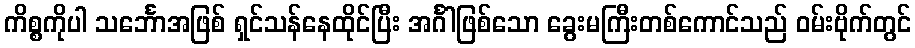
ကိစ္စကိုပါ သင်္ဘောအဖြစ် ရှင်သန်နေထိုင်ပြီး အင်္ဂါဖြစ်သော ခွေးမကြီးတစ်ကောင်သည် ဝမ်းဗိုက်တွင်